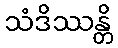
သံဒိဿန္တိ